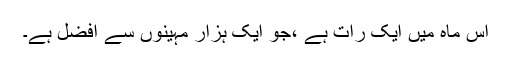
اس ماہ میں ایک رات ہے ،جو ایک ہزار مہینوں سے افضل ہے۔